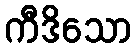
ကီဒိသော